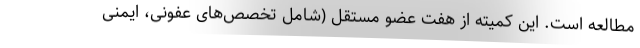
مطالعه است. این کمیته از هفت عضو مستقل (شامل تخصص‌های عفونی، ایمنی